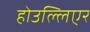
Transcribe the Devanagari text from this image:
होउल्लिएर